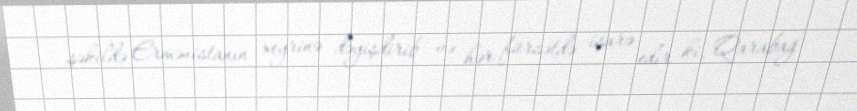
şəkildə Ermənistanın xeyrinə dəyişdirib və hər fürsətdə işarə edir ki, Qarabağ